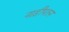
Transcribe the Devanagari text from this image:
नाड़ीपतन